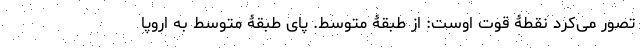
تصور می‌کرد نقطۀ قوت اوست: از طبقۀ متوسط. پای طبقۀ متوسط به اروپا